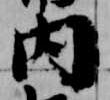
内